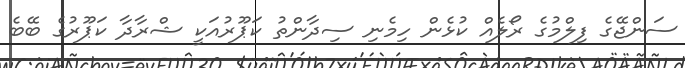
ސަންޖޭގެ ފިލްމުގެ ރޯލެއް ކުޅެން ހިމެނި ސިދާންތު ކަޕޫރުއަކީ ޝްރާދާ ކަޕޫރުގެ ބޭބެ